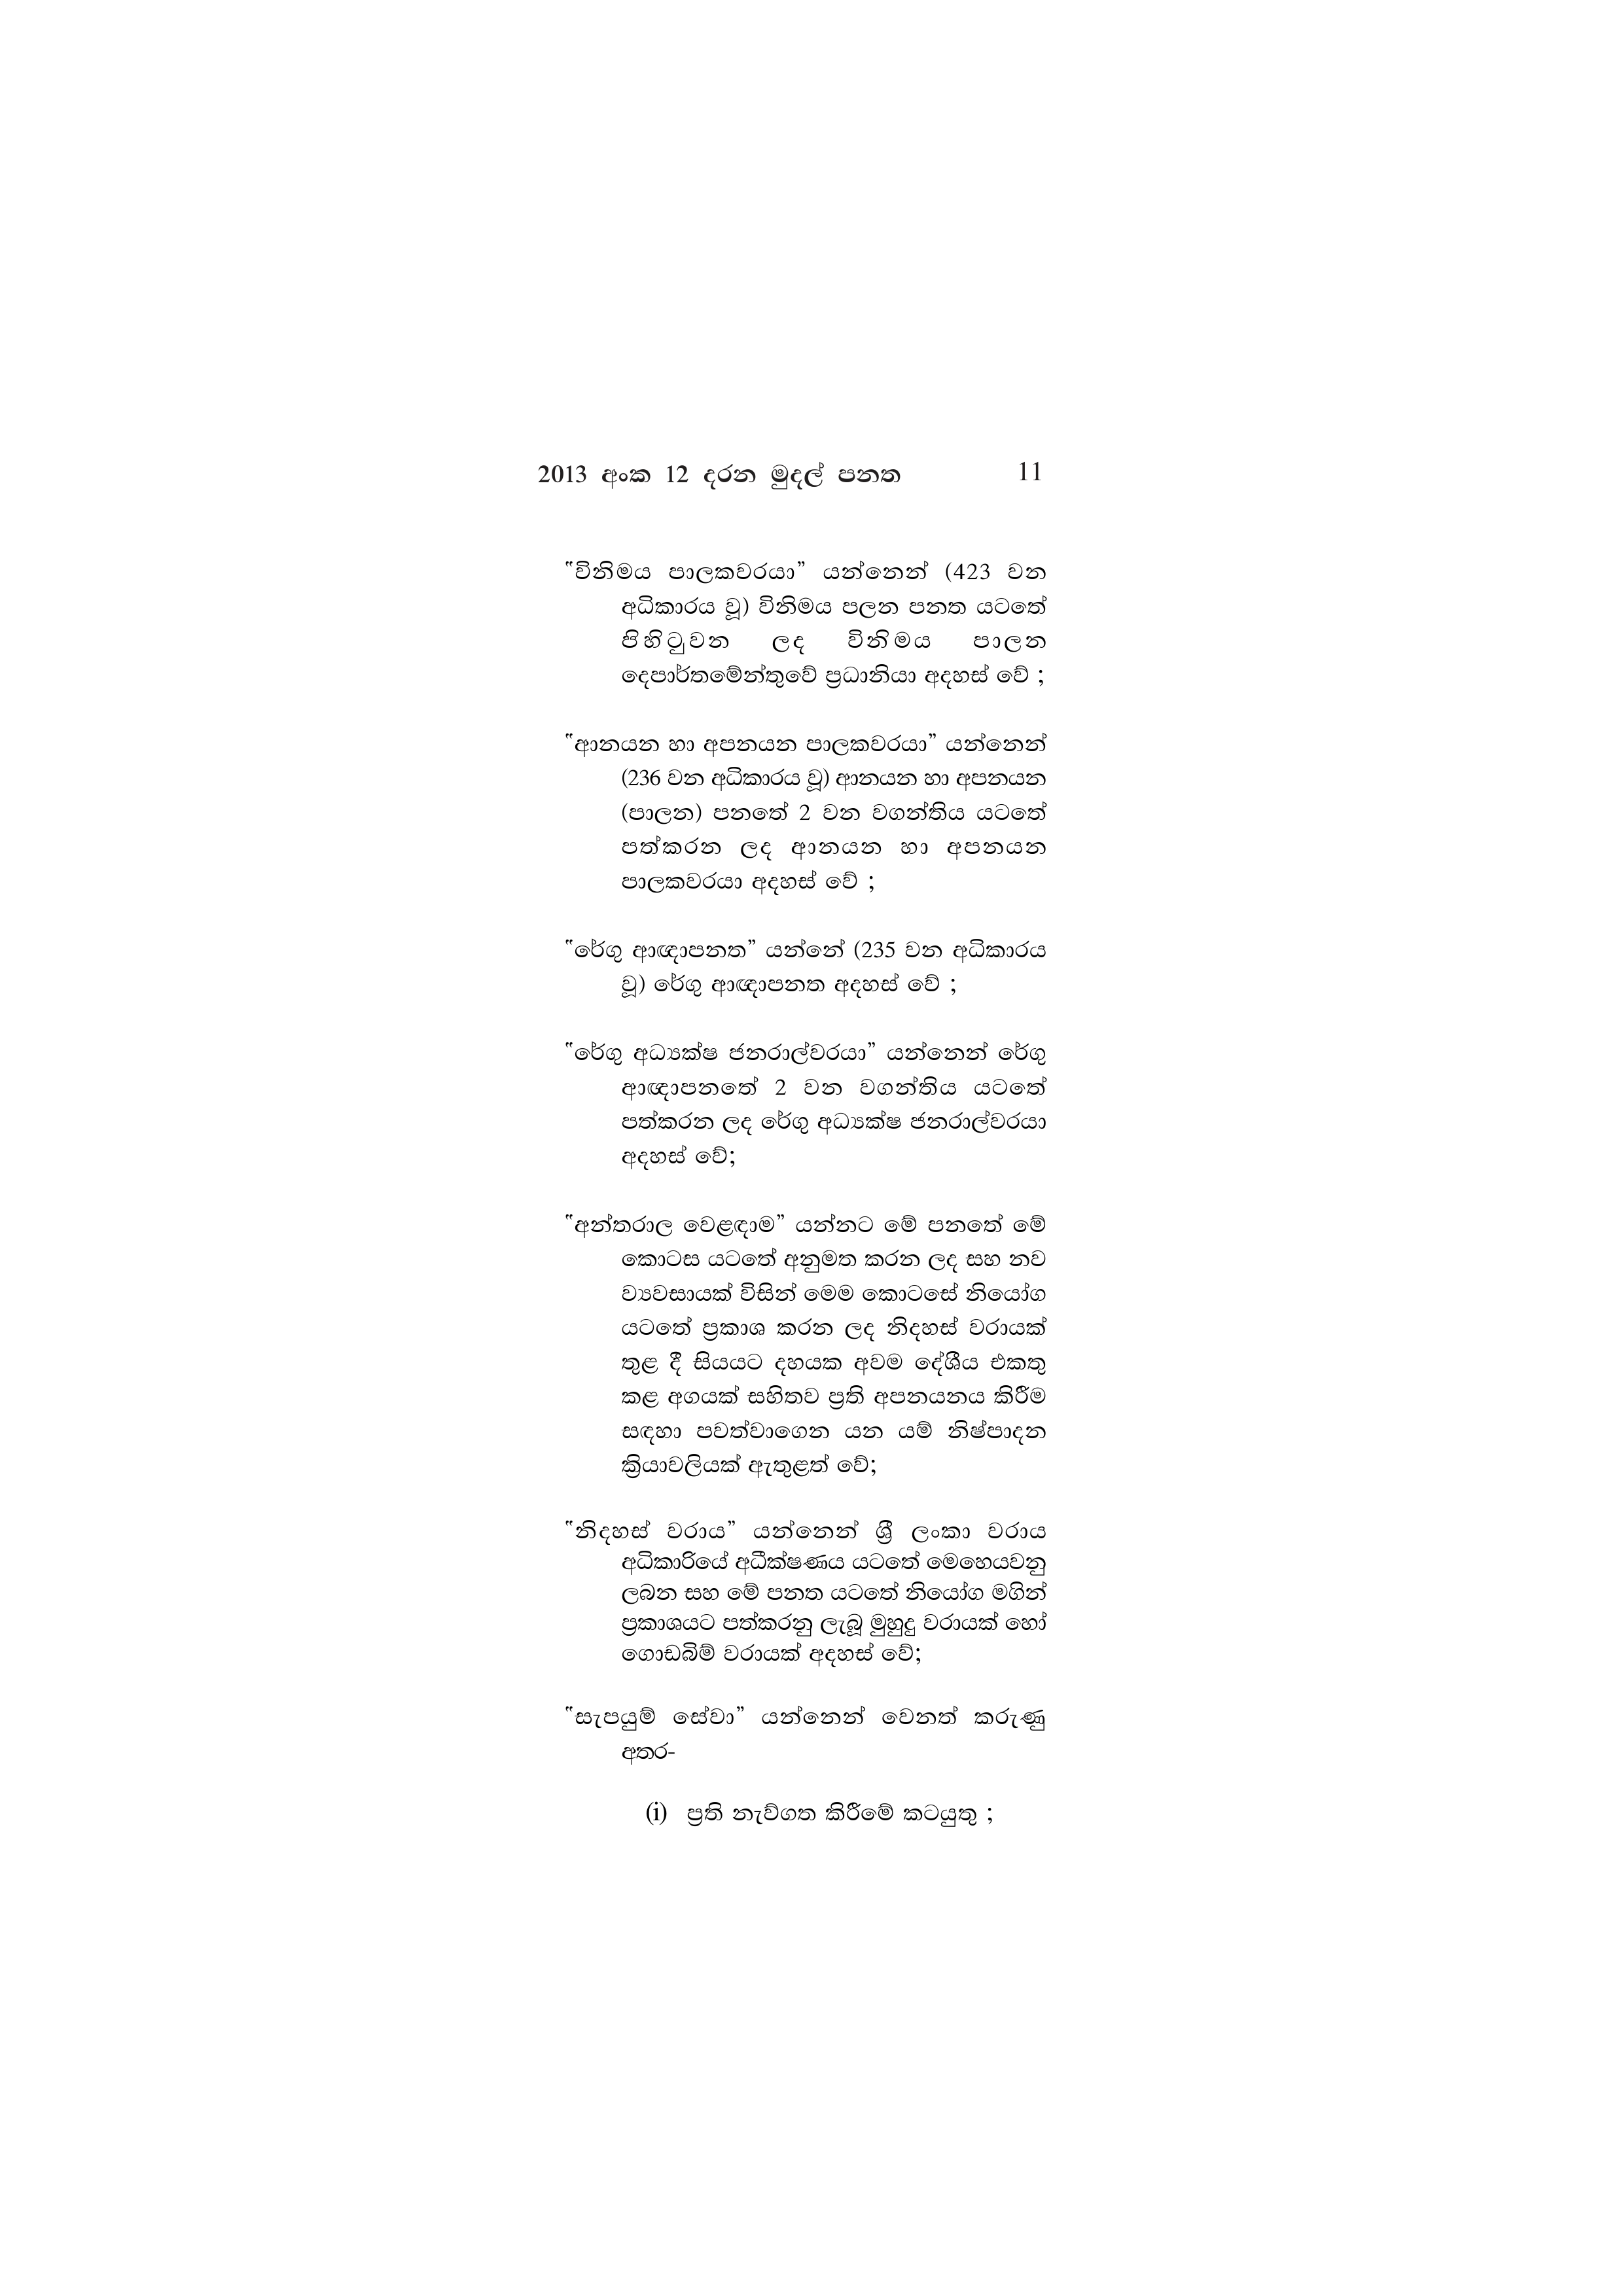
2013 අංක 12 දරන මුදල් පනත 11

"විනිමය පාලකවරයා” යන්නෙන් (423 වන
අධිකාරය වූ) විනිමය පලන පනත යටතේ
පිහිටුවන ලද විනිමය පාලන
දෙපාර්තමේන්තුවේ ප්‍රධානියා අදහස් වේ ;

"ආනයන හා අපනයන පාලකවරයා” යන්නෙන්
(236 වන අධිකාරය වූ) ආනයන හා අපනයන
(පාලන) පනතේ 2 වන වගන්තිය යටතේ
පත්කරන ලද ආනයන හා අපනයන
පාලකවරයා අදහස් වේ ;

"රේගු ආඥාපනත” යන්නේ (235 වන අධිකාරය
වූ) රේගු ආඥාපනත අදහස් වේ ;

"රේගු අධ්‍යක්ෂ ජනරාල්වරයා” යන්නෙන් රේගු
ආඥාපනතේ 2 වන වගන්තිය යටතේ
පත්කරන ලද රේගු අධ්‍යක්ෂ ජනරාල්වරයා
අදහස් වේ;

"අන්තරාල වෙළඳාම” යන්නට මේ පනතේ මේ
කොටස යටතේ අනුමත කරන ලද සහ නව
ව්‍යවසායක් විසින් මෙම කොටසේ නියෝග
යටතේ ප්‍රකාශ කරන ලද නිදහස් වරායක්
තුළ දී සියයට දහයක අවම දේශීය එකතු
කළ අගයක් සහිතව ප්‍රති අපනයනය කිරීම
සඳහා පවත්වාගෙන යන යම් නිෂ්පාදන
ක්‍රියාවලියක් ඇතුළත් වේ;

"නිදහස් වරාය" යන්නෙන් ශ්‍රී ලංකා වරාය
අධිකාරියේ අධීක්ෂණය යටතේ මෙහෙයවනු
ලබන සහ මේ පනත යටතේ නියෝග මගින්
ප්‍රකාශයට පත්කරනු ලැබූ මුහුදු වරායක් හෝ
ගොඩබිම් වරායක් අදහස් වේ;

“සැපයුම් සේවා” යන්නෙන් වෙනත් කරුණු
අතර-

(i) ප්‍රති නැව්ගත කිරීමේ කටයුතු ;